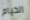
الخيام